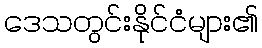
ဒေသတွင်းနိုင်ငံများ၏